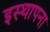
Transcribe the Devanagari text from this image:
इस्थापना